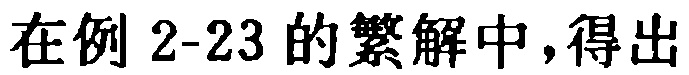
在例 2-23 的繁解中，得出